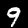
Label: 9